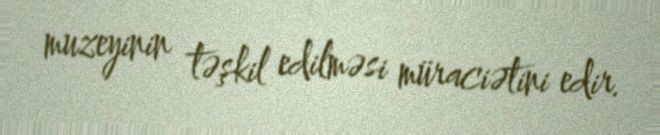
muzeyinin təşkil edilməsi müraciətini edir.